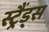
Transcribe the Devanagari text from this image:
स्ट्रैंड्स